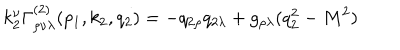
LaTeX: k _ { 2 } ^ { \nu } \Gamma _ { \rho \nu \lambda } ^ { ( 2 ) } ( p _ { 1 } , k _ { 2 } , q _ { 2 } ) = - q _ { 2 \rho } q _ { 2 \lambda } + g _ { \rho \lambda } ( q _ { 2 } ^ { 2 } - M ^ { 2 } )